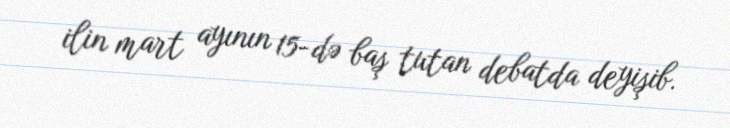
ilin mart ayının 15-də baş tutan debatda deyişib.